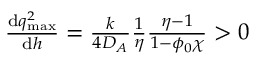
\begin{array} { r } { \frac { \mathrm { d } q _ { \mathrm { m a x } } ^ { 2 } } { \mathrm { d } h } = \frac { k } { 4 D _ { A } } \frac { 1 } { \eta } \frac { \eta - 1 } { 1 - \phi _ { 0 } \chi } > 0 } \end{array}